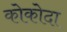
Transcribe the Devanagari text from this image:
कोकोदा